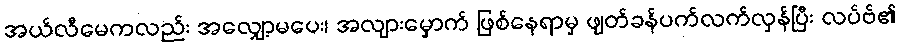
အယ်လီမေကလည်း အလျှော့မပေး၊ အလျားမှောက် ဖြစ်နေရာမှ ဖျတ်ခန်ပက်လက်လှန်ပြီး လပ်ဗ်၏